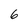
Character: 6